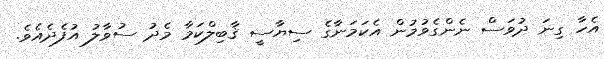
އެހާ ގިނަ ދުވަސް ނެންގެވުމުން އެކަމަނާގެ ސިޔާސީ ޤާބިލްކަމާ މެދު ސުވާލު އުފެދެއެވެ.